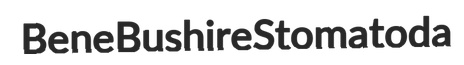
Bene Bushire Stomatoda